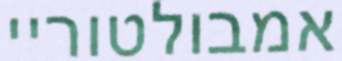
אמבולטוריי